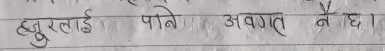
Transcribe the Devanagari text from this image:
हजुरलाई पनि अवगत नै छ ।